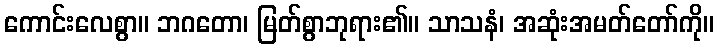
ကောင်းလေစွာ။ ဘဂတော၊ မြတ်စွာဘုရား၏။ သာသနံ၊ အဆုံးအမတ်တော်ကို။